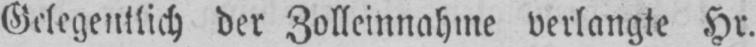
Gelegentlich der Zolleinnahme verlangte Hr.